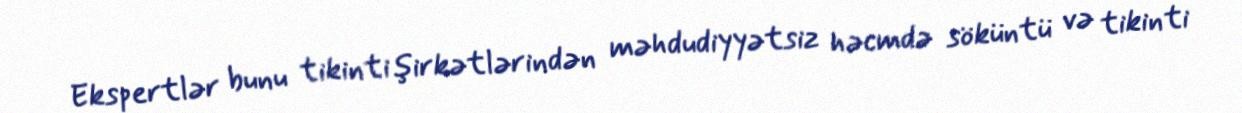
Ekspertlər bunu tikinti şirkətlərindən məhdudiyyətsiz həcmdə söküntü və tikinti